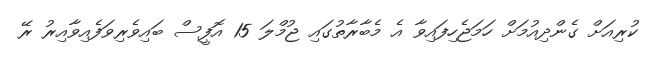
ކުރިއަށް ގެންދިއުމަށް ހަމަޖެހިފައިވާ އެ މެބާރާތުގައި ޖުމްލަ 15 އޮފީސް ބައިވެރިވަފެއިވާއިރު ރޭ